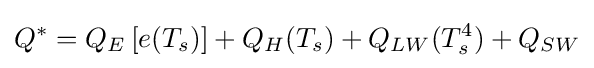
Q^{*}=Q_{E}\left[e(T_{s})\right]+Q_{H}(T_{s})+Q_{LW}(T_{s}^{4})+Q_{SW}